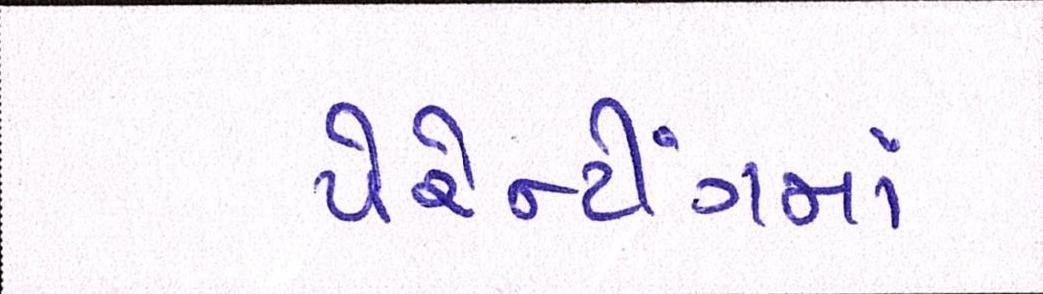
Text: પેરેન્ટીંગમાં